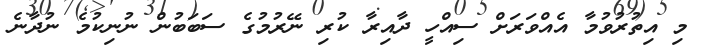
މި އިތުރުވުމާ އެއްވަރަށް ސިއްހީ ދާއިރާ ކުރި ނޭރުމުގެ ސަބަބުން ނުނިކުމެ ނުދާނެ